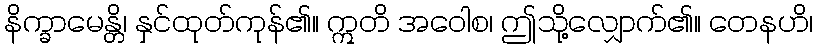
နိက္ခာမေန္တိ၊ နှင်ထုတ်ကုန်၏။ ဣတိ အဝေါစ၊ ဤသို့လျှောက်၏။ တေနဟိ၊